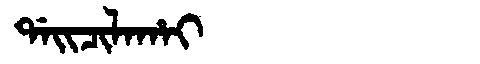
Manchu: ᡩᠠᡳᠴᡳᠯᠠᡥᠠᡳ
Romanization: DAICILAHAI